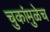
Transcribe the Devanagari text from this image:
चुकांमुळेच